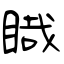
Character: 睵